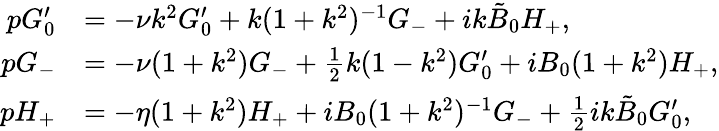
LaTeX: \begin{array}{rl}{pG_{0}^{\prime}}&{=-\nu k^{2}G_{0}^{\prime}+{k}(1+k^{2})^{-1}G_{-}+ik\tilde{B}_{0}H_{+},}\\ {pG_{-}}&{=-\nu(1+k^{2})G_{-}+\frac{1}{2}k(1-k^{2})G_{0}^{\prime}+iB_{0}(1+k^{2})H_{+},}\\ {pH_{+}}&{=-\eta(1+k^{2})H_{+}+iB_{0}(1+k^{2})^{-1}G_{-}+\frac{1}{2}ik\tilde{B}_{0}G_{0}^{\prime},}\end{array}